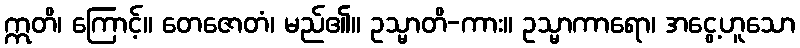
ဣတိ၊ ကြောင့်။ တေဇောတံ၊ မည်၏။ ဥသ္မာတိ-ကား။ ဥသ္မာကာရော၊ အငွေ့ဟူသော